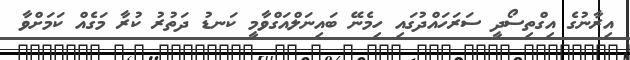
އިރާނުގެ އިގްތިސޯދީ ސަރަހައްދުގައި ހިމެނޭ ބައިނަލްއަގްވާމީ ކަނޑު ދަތުރު ކުރާ މަގެއް ކަމަށްވާ